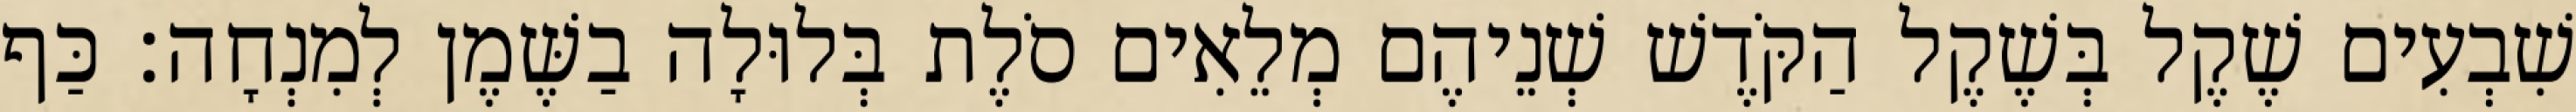
שִׁבְעִים שֶׁקֶל בְּשֶׁקֶל הַקֹּדֶשׁ שְׁנֵיהֶם מְלֵאִים סֹלֶת בְּלוּלָה בַשֶּׁמֶן לְמִנְחָה׃ כַּף